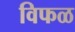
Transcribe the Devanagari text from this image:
विफळ